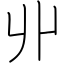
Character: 丱